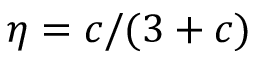
\eta = c / ( 3 + c )